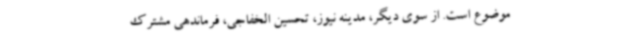
موضوع است. از سوی دیگر، مدینه نیوز، تحسین الخفاجی، فرماندهی مشترک